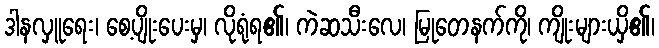
ဒါနလှူရေး၊ စေ့ပျိုးပေးမှ၊ လိုရုံရ၏၊ ကဲဆသီးလေ၊ မြုတေနက်ကို၊ ကျိုးများယှိ၏၊